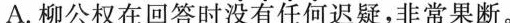
A.柳公权在回答时没有任何迟疑，非常果断。